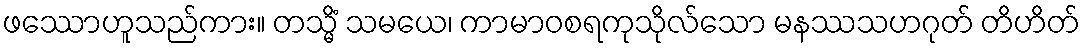
ဖဿောဟူသည်ကား။ တသ္မိံ သမယေ၊ ကာမာဝစရကုသိုလ်သော မနဿသဟဂုတ် တိဟိတ်